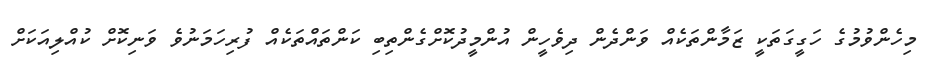
މިހެންވުމުގެ ހަގީގަތަކީ ޒަމާންތަކެއް ވަންދެން ދިވެހީން އުންމީދުކޮށްގެންތިބި ކަންތައްތަކެއް ފުރިހަމަނުވެ ވަނިކޮށް ކުއްލިއަކަށް